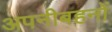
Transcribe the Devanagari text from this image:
अपनीबहनों